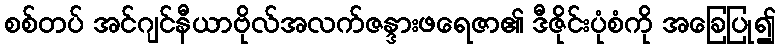
စစ်တပ် အင်ဂျင်နီယာဗိုလ်အလက်ဇန္ဒားဖရေဇာ၏ ဒီဇိုင်းပုံစံကို အခြေပြု၍